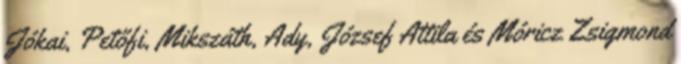
Jókai, Petőfi, Mikszáth, Ady, József Attila és Móricz Zsigmond